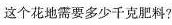
这个花地需要多少千克肥料?